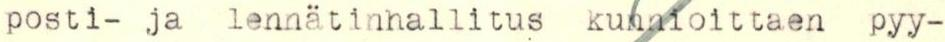
posti- ja lennätinhallitus kunnioittaen pyy-